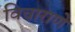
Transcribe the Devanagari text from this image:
विचाराणे